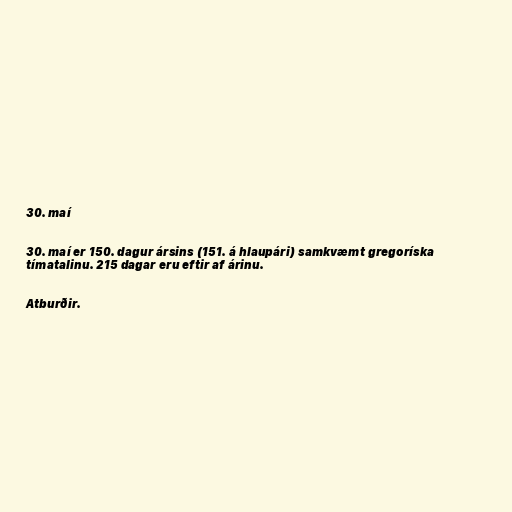
30. maí

30. maí er 150. dagur ársins (151. á hlaupári) samkvæmt gregoríska
tímatalinu. 215 dagar eru eftir af árinu.

Atburðir.